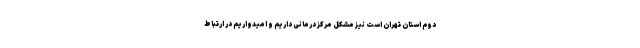
دوم استان تهران است نیز مشکل مرکز درمانی داریم و امیدواریم در ارتباط